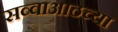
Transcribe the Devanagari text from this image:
सव्वाआठच्या